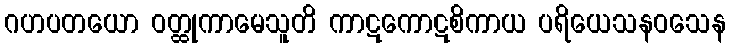
ဂဟပတယော ဝတ္ထုကာမေသူတိ ကာဋကောဋစိကာယ ပရိယေသနဝသေန